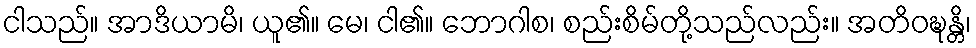
ငါသည်။ အာဒိယာမိ၊ ယူ၏။ မေ၊ ငါ၏။ ဘောဂါစ၊ စည်းစိမ်တို့သည်လည်း။ အတိဝဍ္ဎန္တိ၊